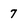
Character: 7